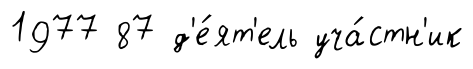
1977 87 д'е́ят'ель уча́стн'ик